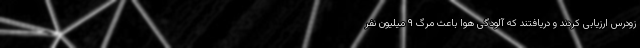
زودرس ارزیابی کردند و دریافتند که آلودگی هوا باعث مرگ ۹ میلیون نفر